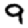
Digit: 9